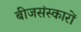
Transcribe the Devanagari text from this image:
बीजसंस्कारों